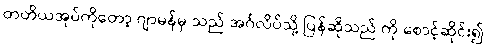
တတိယအုပ်ကိုတော့ ဂျာမန်မှ သည် အင်္ဂလိပ်သို့ ပြန်ဆိုသည် ကို စောင့်ဆိုင်း၍